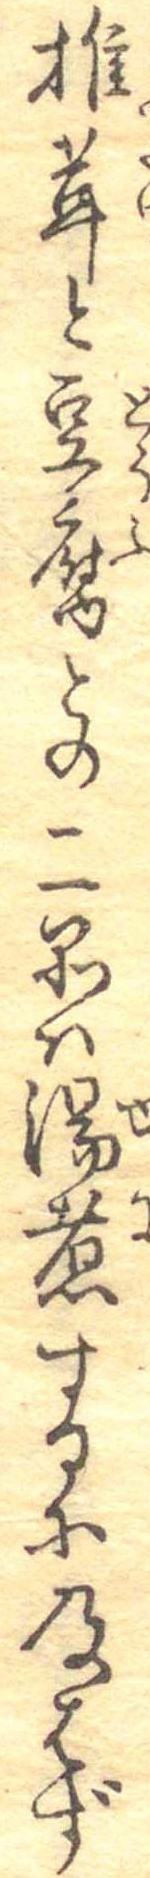
椎茸と豆腐との二品は湯煮するに及はず